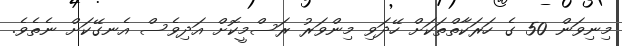
މިނިވަން 50 ގެ ހަރަކާތްތަކަށް ހޭދަވި މިންވަރު ރަސްމީކޮށް އަދިވެސް އެނގޭކަށް ނެތެވެ.